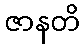
ဇာနတိ